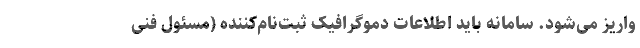
واریز می‌شود. سامانه باید اطلاعات دموگرافیک ثبت‌نام‌کننده (مسئول فنی